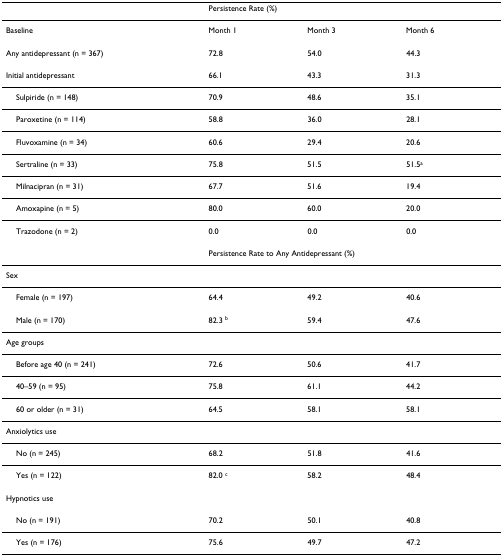
<table><thead><tr><td></td><td colspan="3"><b>Persistence Rate (%)</b></td></tr></thead><tbody><tr><td>Baseline</td><td>Month 1</td><td>Month 3</td><td>Month 6</td></tr><tr><td>Any antidepressant (n = 367)</td><td>72.8</td><td>54.0</td><td>44.3</td></tr><tr><td>Initial antidepressant</td><td>66.1</td><td>43.3</td><td>31.3</td></tr><tr><td> Sulpiride (n = 148)</td><td>70.9</td><td>48.6</td><td>35.1</td></tr><tr><td> Paroxetine (n = 114)</td><td>58.8</td><td>36.0</td><td>28.1</td></tr><tr><td> Fluvoxamine (n = 34)</td><td>60.6</td><td>29.4</td><td>20.6</td></tr><tr><td> Sertraline (n = 33)</td><td>75.8</td><td>51.5</td><td>51.5<sup>a</sup></td></tr><tr><td> Milnacipran (n = 31)</td><td>67.7</td><td>51.6</td><td>19.4</td></tr><tr><td> Amoxapine (n = 5)</td><td>80.0</td><td>60.0</td><td>20.0</td></tr><tr><td> Trazodone (n = 2)</td><td>0.0</td><td>0.0</td><td>0.0</td></tr><tr><td></td><td colspan="3">Persistence Rate to Any Antidepressant (%)</td></tr><tr><td>Sex</td><td></td><td></td><td></td></tr><tr><td> Female (n = 197)</td><td>64.4</td><td>49.2</td><td>40.6</td></tr><tr><td> Male (n = 170)</td><td>82.3 <sup>b</sup></td><td>59.4</td><td>47.6</td></tr><tr><td>Age groups</td><td></td><td></td><td></td></tr><tr><td> Before age 40 (n = 241)</td><td>72.6</td><td>50.6</td><td>41.7</td></tr><tr><td> 40–59 (n = 95)</td><td>75.8</td><td>61.1</td><td>44.2</td></tr><tr><td> 60 or older (n = 31)</td><td>64.5</td><td>58.1</td><td>58.1</td></tr><tr><td>Anxiolytics use</td><td></td><td></td><td></td></tr><tr><td> No (n = 245)</td><td>68.2</td><td>51.8</td><td>41.6</td></tr><tr><td> Yes (n = 122)</td><td>82.0 <sup>c</sup></td><td>58.2</td><td>48.4</td></tr><tr><td>Hypnotics use</td><td></td><td></td><td></td></tr><tr><td> No (n = 191)</td><td>70.2</td><td>50.1</td><td>40.8</td></tr><tr><td> Yes (n = 176)</td><td>75.6</td><td>49.7</td><td>47.2</td></tr></tbody></table>